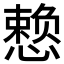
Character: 𪬯